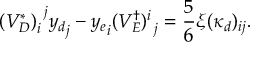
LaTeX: ( V _ { D } ^ { * } ) _ { i } ^ { ~ j } { y _ { d } } _ { j } - { y _ { e } } _ { i } ( V _ { E } ^ { \dag } ) _ { ~ j } ^ { i } = \frac { 5 } { 6 } \xi ( \kappa _ { d } ) _ { i j } .